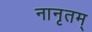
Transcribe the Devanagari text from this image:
नानृतम्